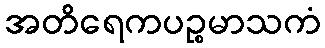
အတိရေကပဉ္စမာသကံ